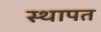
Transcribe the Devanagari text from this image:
स्थापत